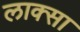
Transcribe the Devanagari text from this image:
लाक्सा